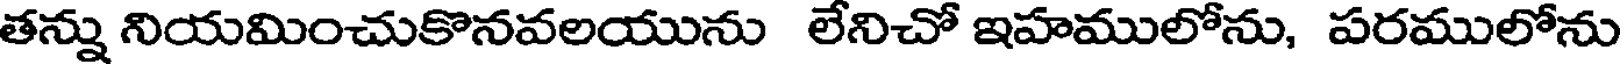
తన్ను నియమించుకొనవలయును లేనిచో ఇహములోను, పరములోను